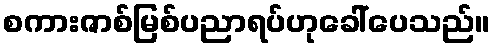
စကားဇာစ်မြစ်ပညာရပ်ဟုခေါ်ပေသည်။